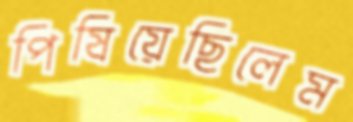
পিষিয়েছিলেম